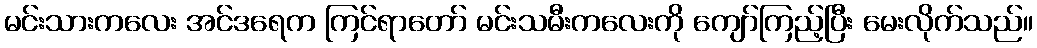
မင်းသားကလေး အင်ဒရေက ကြင်ရာတော် မင်းသမီးကလေးကို ကျော်ကြည့်ပြီး မေးလိုက်သည်။